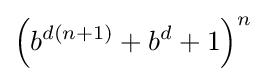
\left(b^{d\left(n+1\right)}+b^{d}+1\right)^{n}